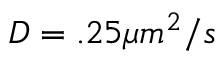
D = . 2 5 \mu m ^ { 2 } / s